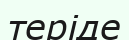
теріде